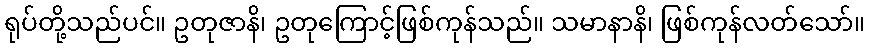
ရုပ်တို့သည်ပင်။ ဥတုဇာနိ၊ ဥတုကြောင့်ဖြစ်ကုန်သည်။ သမာနာနိ၊ ဖြစ်ကုန်လတ်သော်။